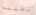
مهنته